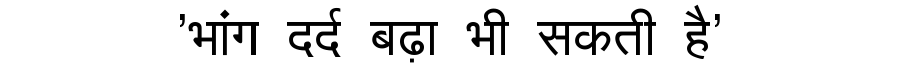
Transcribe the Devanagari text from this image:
'भांग दर्द बढ़ा भी सकती है'